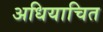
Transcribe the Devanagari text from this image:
अधियाचित